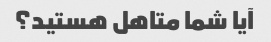
آیا شما متاهل هستید؟